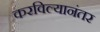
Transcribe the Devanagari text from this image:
करविल्यानंतर